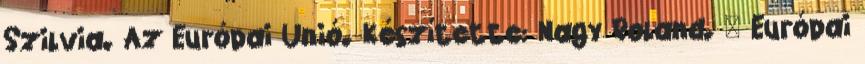
Szilvia. Az Európai Unió. Készítette: Nagy Roland.  Európai